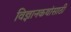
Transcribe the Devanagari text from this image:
विज्ञानकथांसाठी